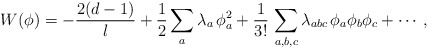
\begin{align*}W(\phi)=-\frac{2(d-1)}{l}+{1\over 2}\sum_a \lambda_a\,\phi_a^2 +\frac{1}{3!}\,\sum_{a,b,c}\lambda_{abc}\,\phi_a\phi_b\phi_c+\cdots,\end{align*}